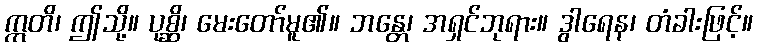
ဣတိ၊ ဤသို့။ ပုစ္ဆိ၊ မေးတော်မူ၏။ ဘန္တေ၊ အရှင်ဘုရား။ ဒွါရေန၊ တံခါးဖြင့်။